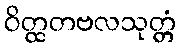
ဝိတ္ထတဗလသုတ္တံ